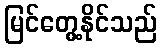
မြင်တွေ့နိုင်သည်